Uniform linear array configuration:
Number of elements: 16
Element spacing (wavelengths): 0.75
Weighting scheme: blackman
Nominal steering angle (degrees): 60
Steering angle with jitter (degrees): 58.628
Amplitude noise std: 0.05
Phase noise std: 0.05

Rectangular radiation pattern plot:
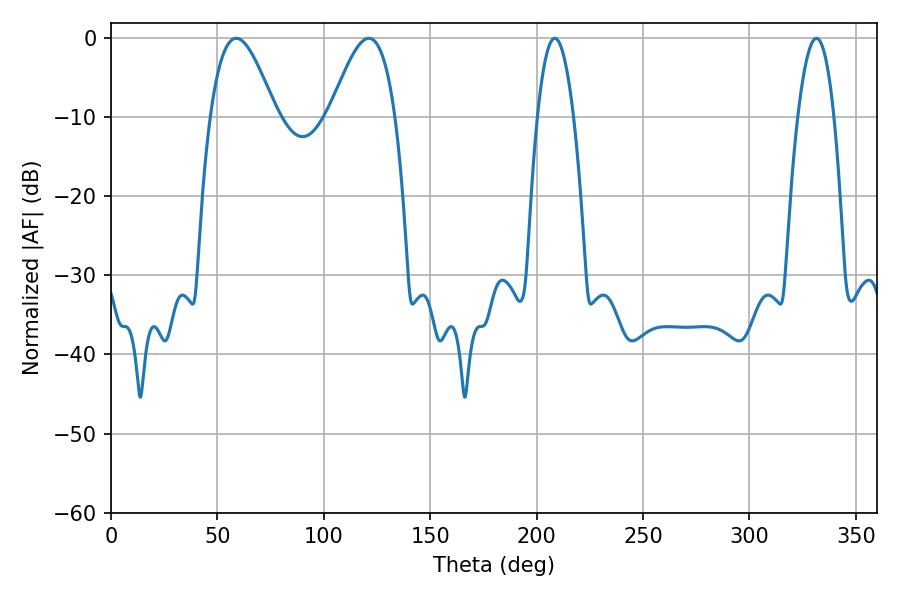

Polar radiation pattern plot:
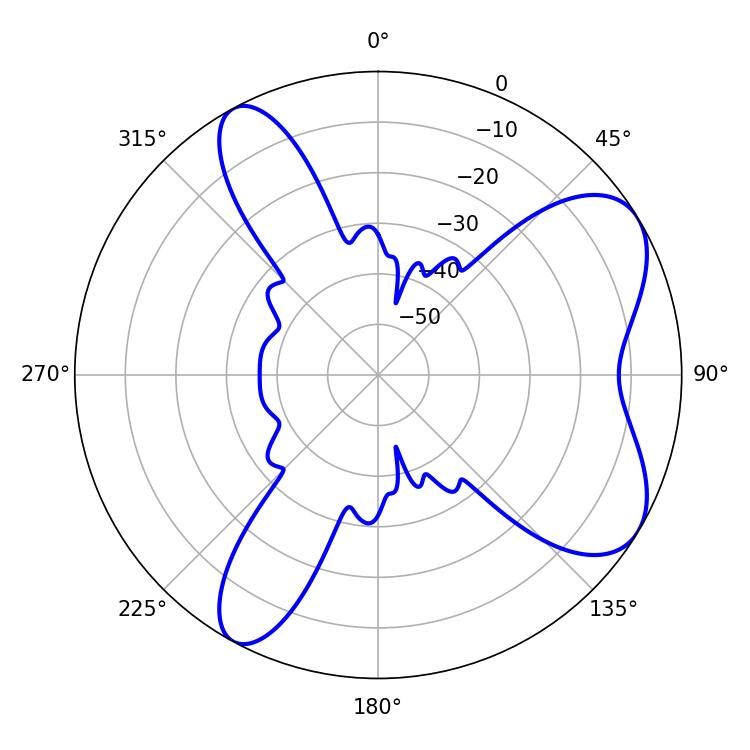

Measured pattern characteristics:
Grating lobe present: TRUE
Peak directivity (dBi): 6.985
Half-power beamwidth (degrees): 16.56
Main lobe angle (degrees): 58.86